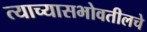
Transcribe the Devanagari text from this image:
त्याच्यासभोवतीलचे